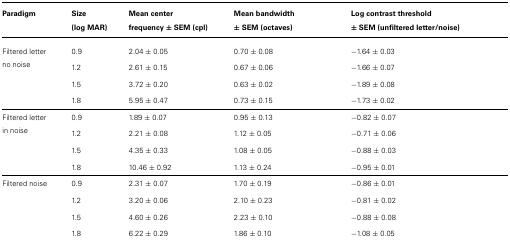
| Paradigm | Size (log MAR) | Mean center frequency ± SEM (cpl) | Mean bandwidth ± SEM (octaves) | Log contrast threshold ± SEM (unfiltered letter/noise) |
 | --- | --- | --- | --- | --- |
 | Filtered letter no noise | 0.9 | 2.04 ± 0.05 | 0.70 ± 0.08 | -1.64 ± 0.03 |
 |  | 1.2 | 2.61 ± 0.15 | 0.67 ± 0.06 | -1.66 ± 0.07 |
 |  | 1.5 | 3.72 ± 0.20 | 0.63 ± 0.02 | -1.89 ± 0.08 |
 |  | 1.8 | 5.95 ± 0.47 | 0.73 ± 0.15 | -1.73 ± 0.02 |
 | Filtered letter in noise | 0.9 | 1.89 ± 0.07 | 0.95 ± 0.13 | -0.82 ± 0.07 |
 |  | 1.2 | 2.21 ± 0.08 | 1.12 ± 0.05 | -0.71 ± 0.06 |
 |  | 1.5 | 4.35 ± 0.33 | 1.08 ± 0.05 | -0.88 ± 0.03 |
 |  | 1.8 | 10.46 ± 0.92 | 1.13 ± 0.24 | -0.95 ± 0.01 |
 | Filtered noise | 0.9 | 2.31 ± 0.07 | 1.70 ± 0.19 | -0.86 ± 0.01 |
 |  | 1.2 | 3.20 ± 0.06 | 2.10 ± 0.23 | -0.81 ± 0.02 |
 |  | 1.5 | 4.60 ± 0.26 | 2.23 ± 0.10 | -0.88 ± 0.08 |
 |  | 1.8 | 6.22 ± 0.29 | 1.86 ± 0.10 | -1.08 ± 0.05 |